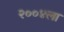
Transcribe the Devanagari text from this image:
२००४ला